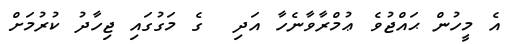
އެ މީހުން ޙައްޖުވެ ޢުމްރާވާނެހާ އަދި  ގެ މަގުގައި ޖިހާދު ކުރުމަށް